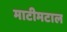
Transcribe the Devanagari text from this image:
माटीमटाल